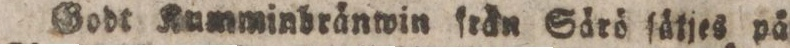
Godt Kumminbränwin frän Särö ſätjes på